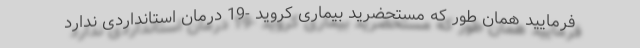
فرمایید همان طور که مستحضرید بیماری کروید -19 درمان استانداردی ندارد